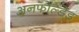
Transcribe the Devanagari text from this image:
अनफोल्डेड